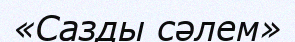
«Сазды сәлем»